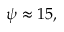
\psi \approx 1 5 ,